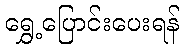
ရွှေ့ပြောင်းပေးရန်